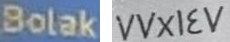
Bolak 77X147